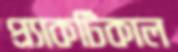
প্র্যাকটিকাল